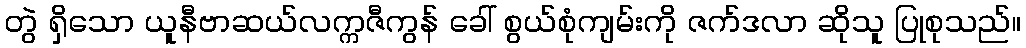
တွဲ ရှိသော ယူနီဗာဆယ်လက္ကဇီကွန် ခေါ် စွယ်စုံကျမ်းကို ဇက်ဒလာ ဆိုသူ ပြုစုသည်။